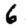
Digit: 6